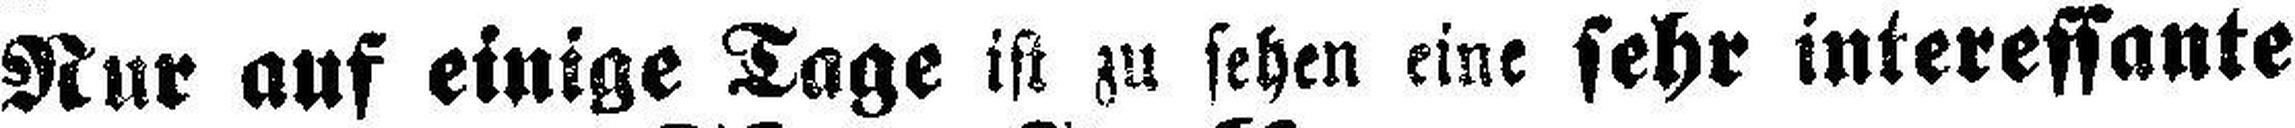
Nur auf einige Tage ist zu sehen eine sehr interessante